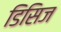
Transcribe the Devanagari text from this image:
डिसिज